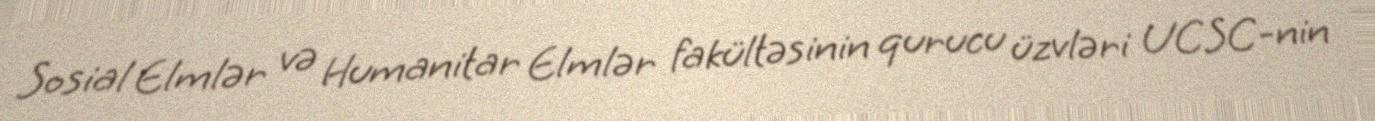
Sosial Elmlər və Humanitar Elmlər fakültəsinin qurucu üzvləri UCSC-nin